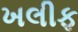
ખલીફ